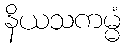
နိယသကမ္မံ